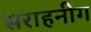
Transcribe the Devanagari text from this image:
सराहनीग